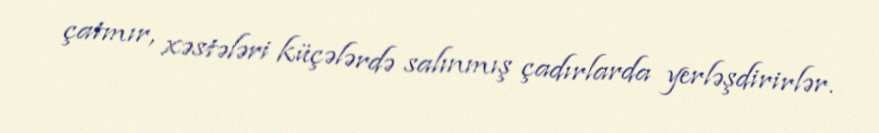
çatmır, xəstələri küçələrdə salınmış çadırlarda yerləşdirirlər.